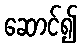
ဆောင်၍